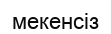
мекенсіз